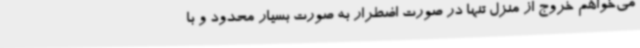
می‌خواهم خروج از منزل تنها در صورت اضطرار به صورت بسیار محدود و با